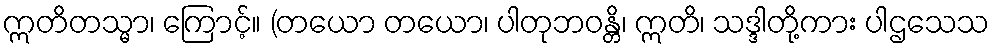
ဣတိတသ္မာ၊ ကြောင့်။ (တယော တယော၊ ပါတုဘဝန္တိ၊ ဣတိ၊ သဒ္ဒါတို့ကား ပါဌသေသ